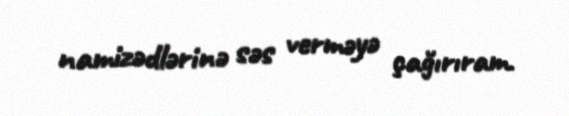
namizədlərinə səs verməyə çağırıram.